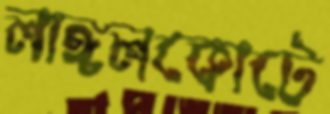
লাঙ্গলকোটে